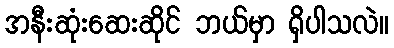
အနီးဆုံးဆေးဆိုင် ဘယ်မှာ ရှိပါသလဲ။